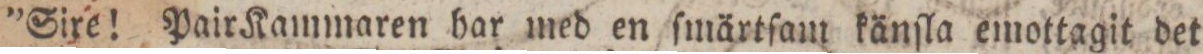
”Sire! Pair Kammaren har med en ſmärtſam känſla emottagit det